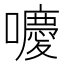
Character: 𡂻